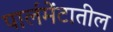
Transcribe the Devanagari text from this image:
पार्लमेंटातील